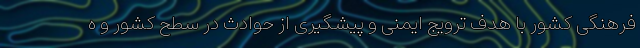
فرهنگی کشور با هدف ترویج ایمنی و پیشگیری از حوادث در سطح کشور و ه